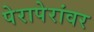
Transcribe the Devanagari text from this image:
पेरापेरांवर